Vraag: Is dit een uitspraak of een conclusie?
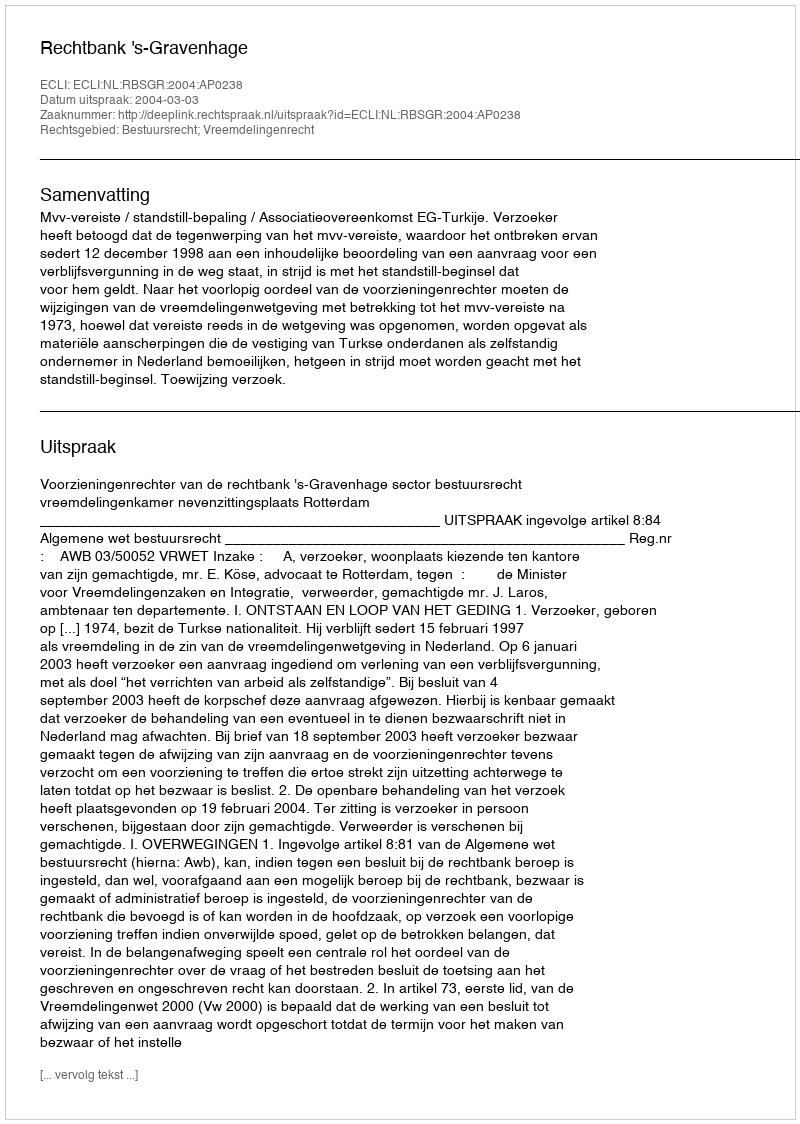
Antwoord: Uitspraak